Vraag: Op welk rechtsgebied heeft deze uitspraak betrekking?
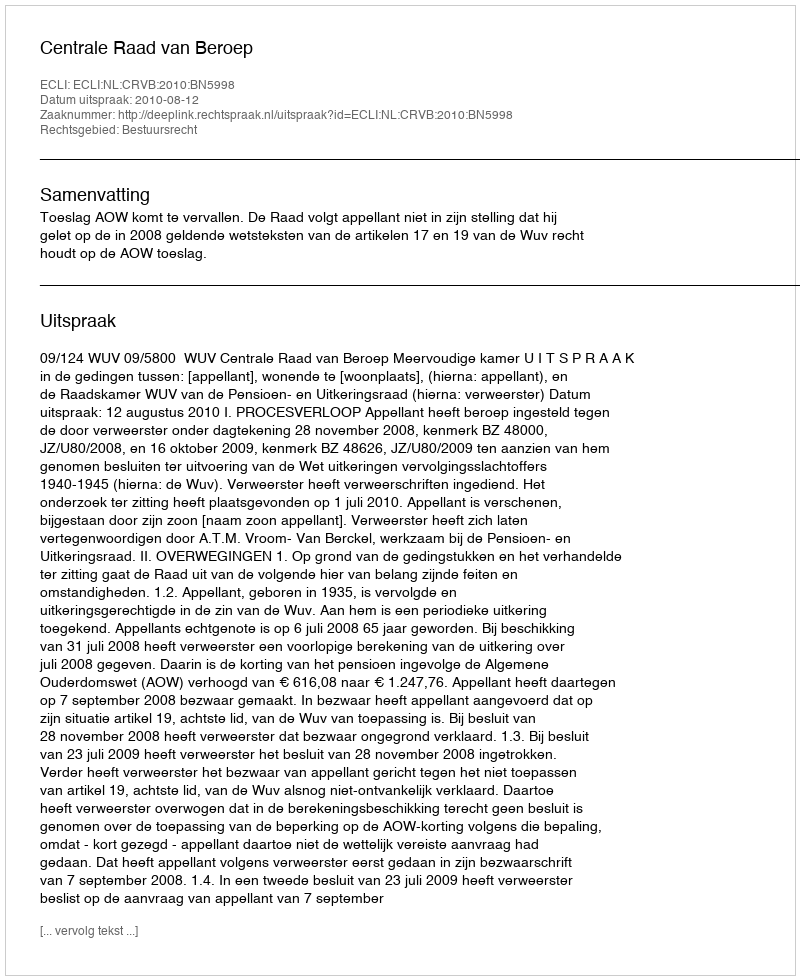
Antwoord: Bestuursrecht